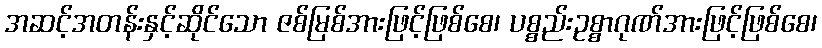
အဆင့်အတန်းနှင့်ဆိုင်သော ဇစ်မြစ်အားဖြင့်ဖြစ်စေ၊ ပစ္စည်းဥစ္စာဂုဏ်အားဖြင့်ဖြစ်စေ၊